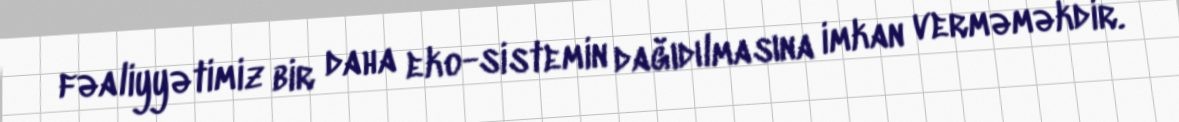
fəaliyyətimiz bir daha eko-sistemin dağıdılmasına imkan verməməkdir.